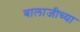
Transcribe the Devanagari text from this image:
बालाजीच्या